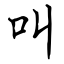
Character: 叫